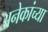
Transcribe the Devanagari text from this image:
अनेकांच्‍या